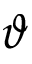
\vartheta